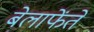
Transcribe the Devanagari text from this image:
बेलाफेंते